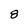
Character: 8